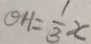
O H = \frac { 1 } { 3 } x